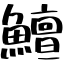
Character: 鱣